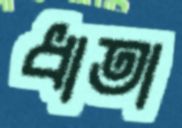
ধাতা